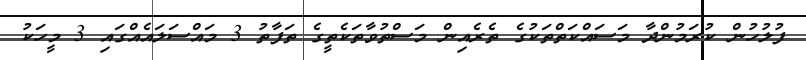
ފުލުހުން ކުރަމުންދާ މަސައްކަތްތަކުގެ ތެރެއިން މަސްތުވާތަކެތީގެ ތަފާތު 3 މައްސަލައެއްގައި 3 މީހަކު